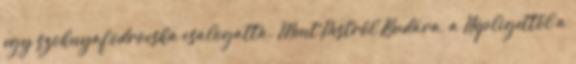
egy szoknyafodrocska csalogatta. Ment Pestről Budára, a Népligettől a